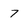
Character: 7